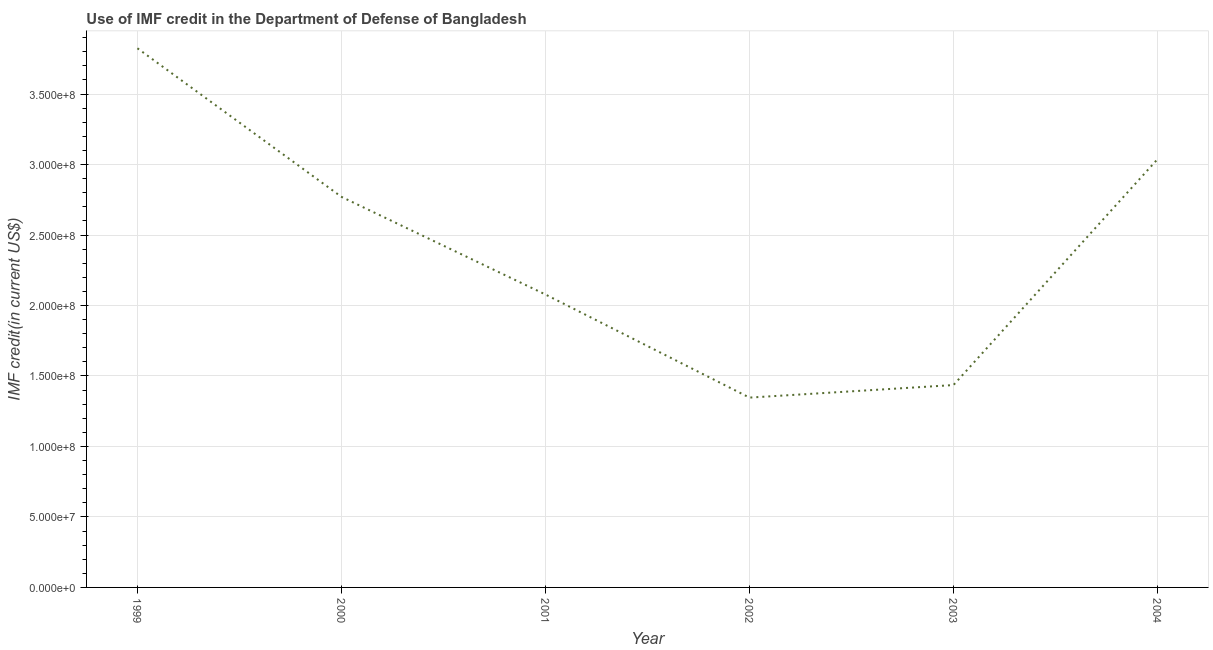
| Year | Use of IMF credit (DOD |
 | --- | --- |
 | 1999 | 3.82e+08 |
 | 2000 | 2.77e+08 |
 | 2001 | 2.08e+08 |
 | 2002 | 1.35e+08 |
 | 2003 | 1.44e+08 |
 | 2004 | 3.04e+08 |